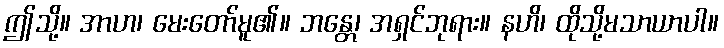
ဤသို့။ အာဟ၊ မေးတော်မူ၏။ ဘန္တေ၊ အရှင်ဘုရား။ နဟိ၊ ထိုသို့မသာယာပါ။